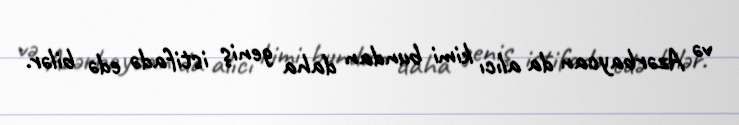
və Azərbaycan da alıcı kimi bundan daha geniş istifadə edə bilər.